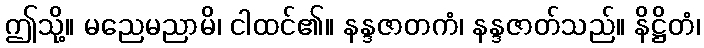
ဤသို့။ မညေမညာမိ၊ ငါထင်၏။ နန္ဒဇာတကံ၊ နန္ဒဇာတ်သည်။ နိဋ္ဌိတံ၊